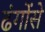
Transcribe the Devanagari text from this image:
ढंगोंसे